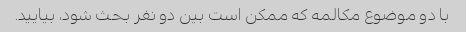
با دو موضوع مکالمه که ممکن است بین دو نفر بحث شود، بیایید.